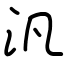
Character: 汎